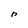
Character: r